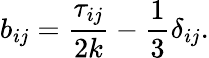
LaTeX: b_{ij}=\frac{\tau_{ij}}{2k}-\frac{1}{3}\delta_{ij}.